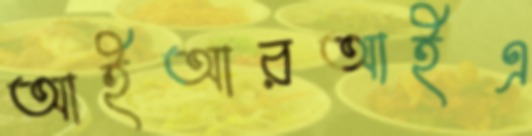
আইআরআইএ